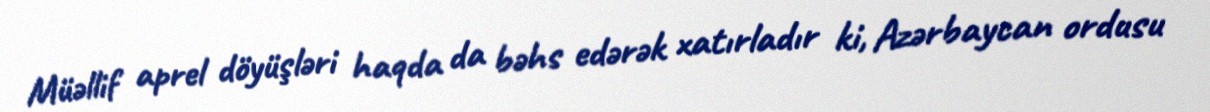
Müəllif aprel döyüşləri haqda da bəhs edərək xatırladır ki, Azərbaycan ordusu